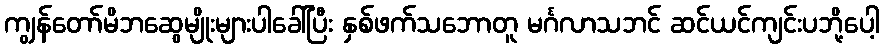
ကျွန်တော်မိဘဆွေမျိုးများပါခေါ်ပြီး နှစ်ဖက်သဘောတူ မင်္ဂလာသဘင် ဆင်ယင်ကျင်းပဘို့ပေါ့